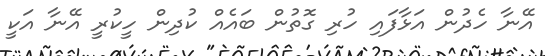
އޭނާ ހެދުން އަޅާފައި ހުރި ގޮތުން ބައެއް ކުދިން ހީކުރީ އޭނާ އަކީ